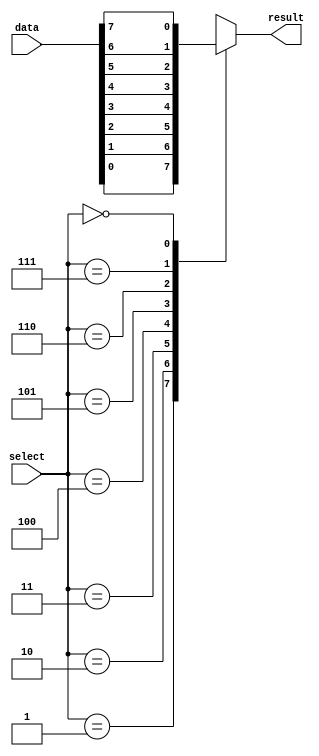
`timescale 1ns / 1ps
//////////////////////////////////////////////////////////////////////////////////
// Company: 
// Engineer: 
// 
// Design Name: 
// Module Name: bit1_8to1Mux
// Project Name: 
// Target Devices: 
// Tool Versions: 
// Description: 
// 
// Dependencies: 
// 
// Revision:
// Revision 0.01 - File Created
// Additional Comments:
// 
//////////////////////////////////////////////////////////////////////////////////


module DinMultiplexer(
    input [7:0]data,
    input [2:0]select,
    output reg result
    );
    
    always @( data or select )begin
        case( select )
            1 : result = data[0];
            2 : result = data[1];
            3 : result = data[2];
            4 : result = data[3];
            5 : result = data[4];
            6 : result = data[5];
            7 : result = data[6];
            0 : result = data[7];
        endcase
    end
endmodule